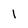
Character: 1